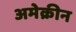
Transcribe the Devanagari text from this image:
अमेक्रीन